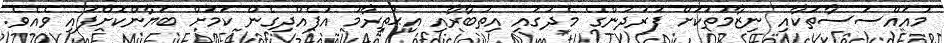
މުއައްސަސާތަކާއި ނިޒާމުތަކަށް ފަރުދުންގެ މެދުގައި އިތުބާރާއި އިޙުތިރާމު އުފެއްދިގެން ކަމަށް ބަޔާންކޮށްފައި ވެއެވެ.